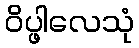
ဝိပ္ဖါလေသုံ